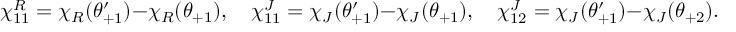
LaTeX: \chi _ { 1 1 } ^ { R } = \chi _ { R } ( \theta _ { + 1 } ^ { \prime } ) - \chi _ { R } ( \theta _ { + 1 } ) , \quad \chi _ { 1 1 } ^ { J } = \chi _ { J } ( \theta _ { + 1 } ^ { \prime } ) - \chi _ { J } ( \theta _ { + 1 } ) , \quad \chi _ { 1 2 } ^ { J } = \chi _ { J } ( \theta _ { + 1 } ^ { \prime } ) - \chi _ { J } ( \theta _ { + 2 } ) .